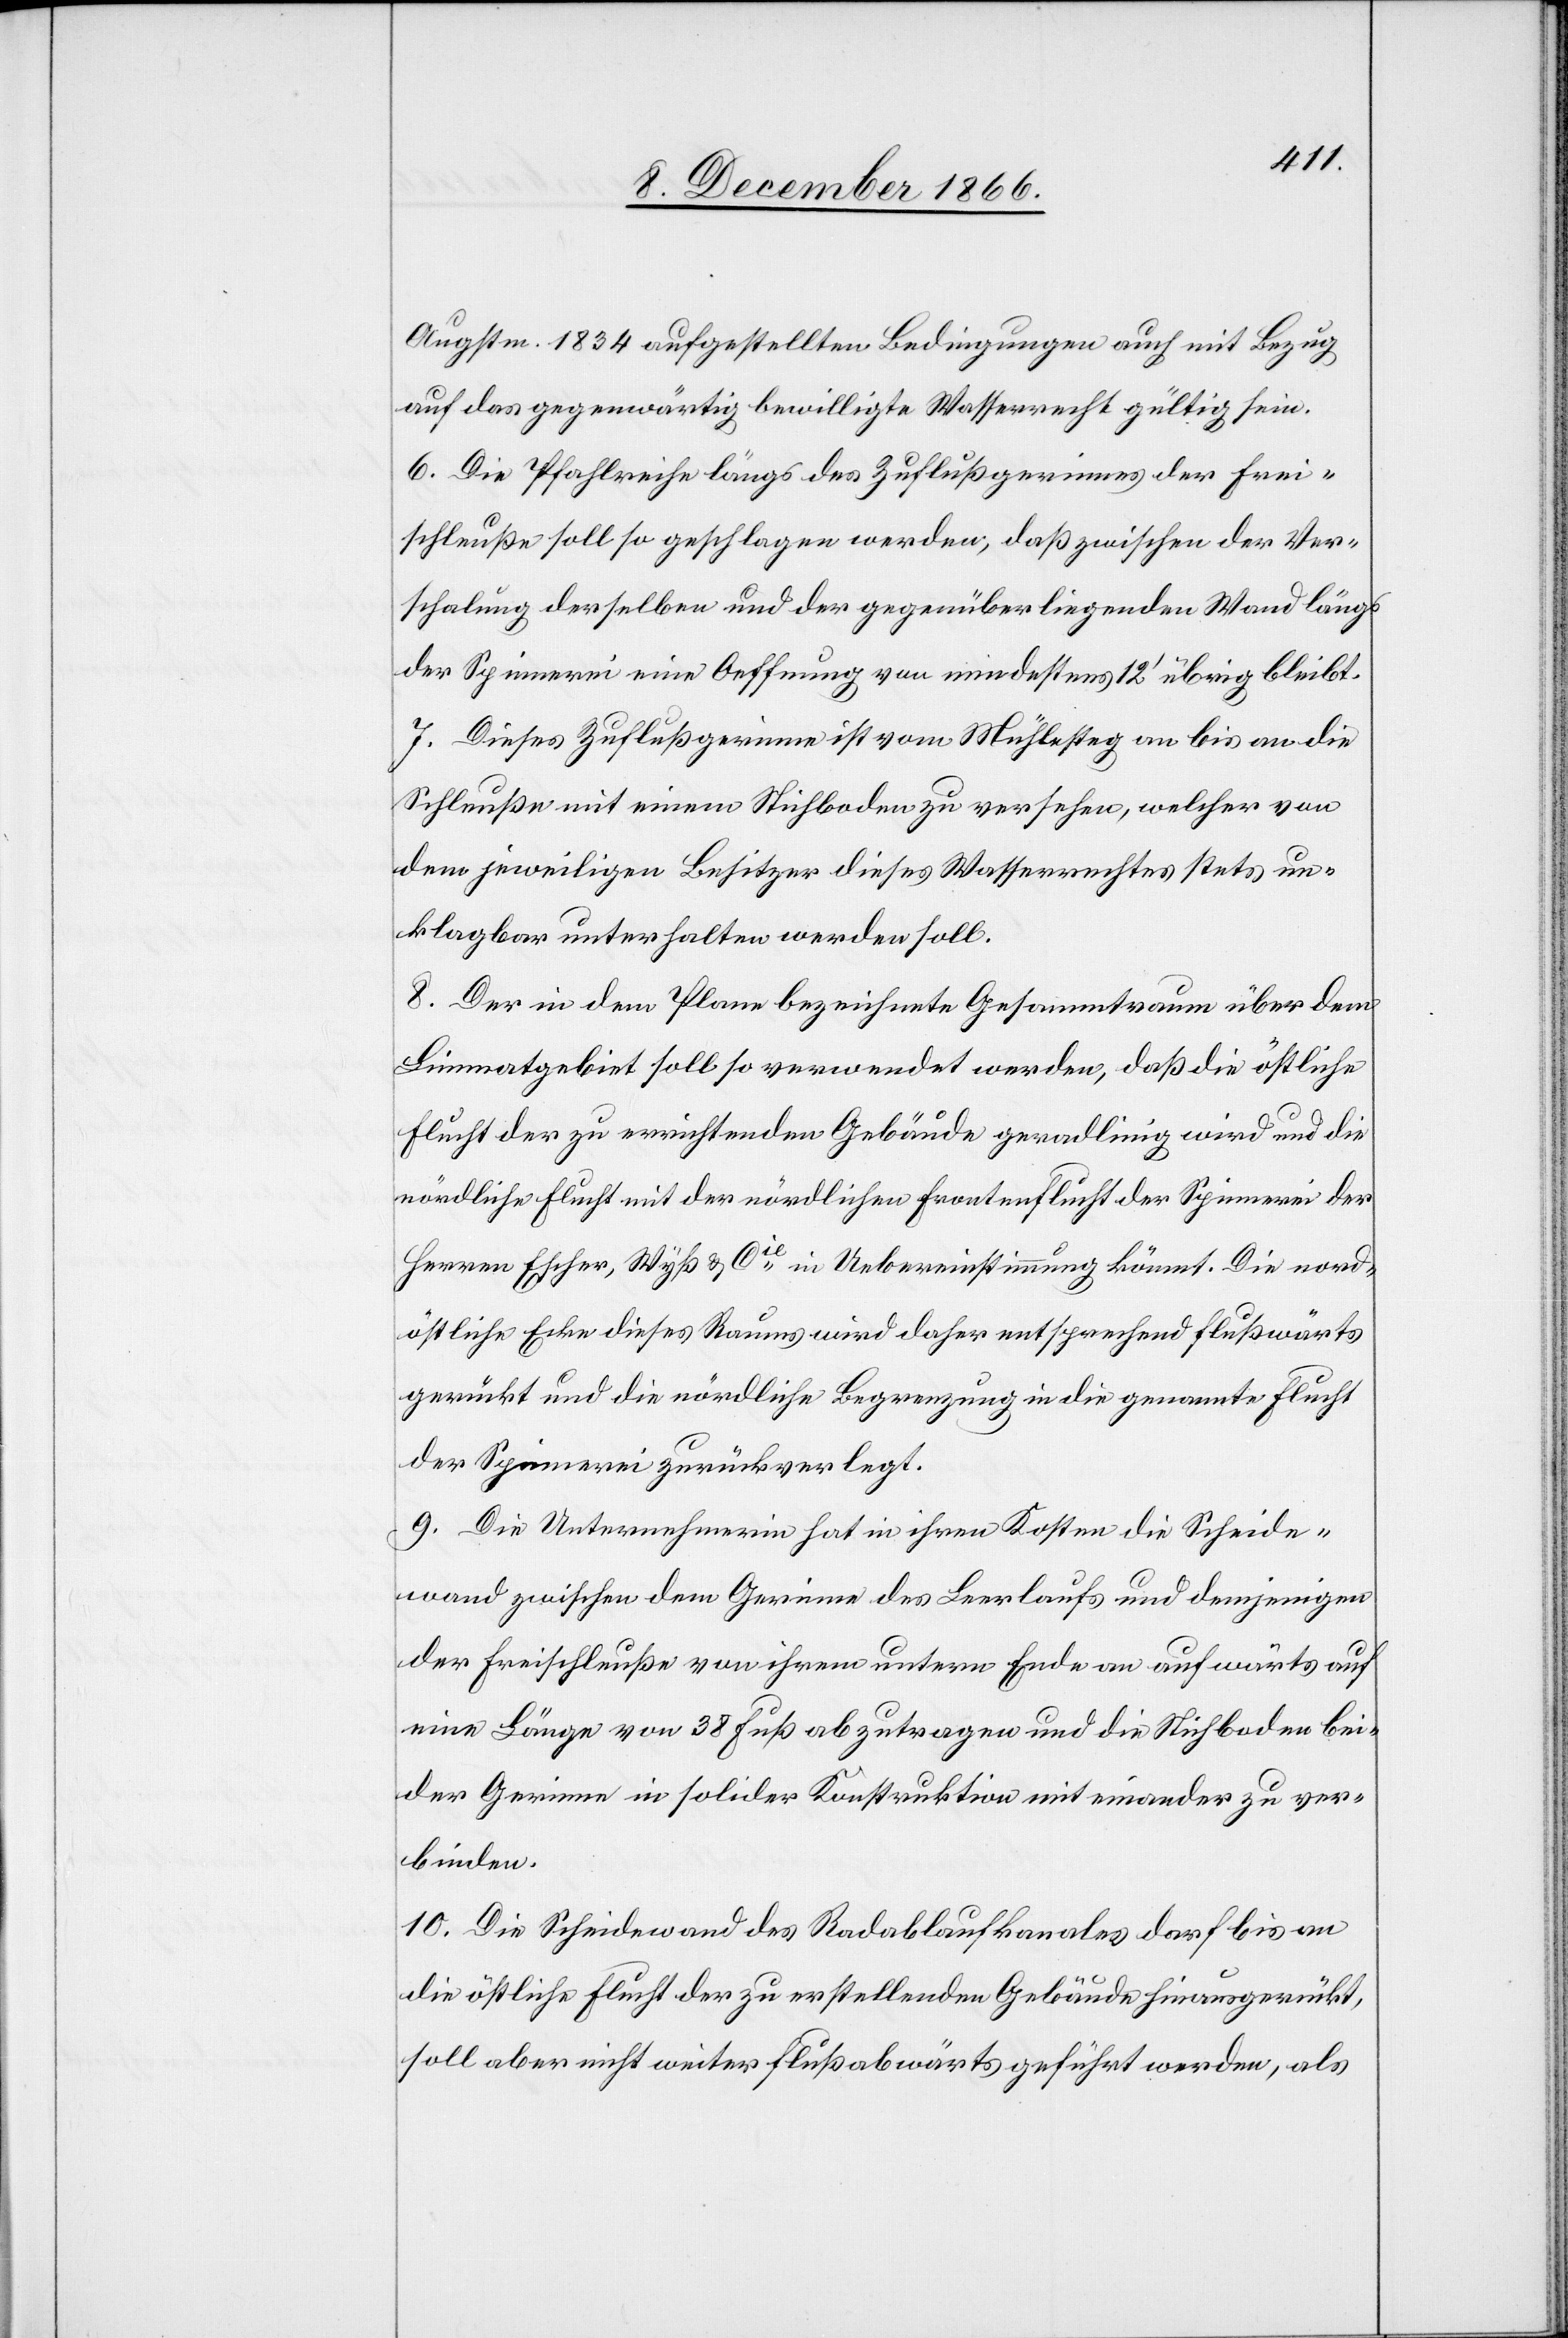
Augstm. 1834 aufgestellten Bedingungen auch mit Bezug
auf das gegenwärtig bewilligte Wasserrecht gültig sein.
6. Die Pfahlreihe längs des Zuflußgerinnes der Frei¬
schleuße soll so geschlagen werden, daß zwischen der Ver¬
schalung derselben und der gegenüber liegenden Wand längs
der Spinnerei eine Oeffnung von mindestens 12‘ übrig bleibt.
7. Dieses Zuflußgerinne ist vom Mühlesteg an bis an die
Schleuße mit einem Stichboden zu versehen, welcher von
dem jeweiligen Besitzer dieses Wasserrechtes stets un¬
klagbar unterhalten werden soll.
8. Der in dem Plane bezeichnete Gesammtraum über dem
Limmatgebiet soll so verwendet werden, daß die östliche
Flucht der zu errichtenden Gebäude geradlinig wird und die
nördliche Flucht mit der nördlichen Frontenflucht der Spinnerei der
Herren Escher, Wyß & Cie. in Uebereinstimmung kömmt. Die nord¬
östliche Ecke dieses Raums wird daher entsprechend flußwärts
gerückt und die nördliche Begrenzung in die genannte Flucht
der Spinnerei zurückverlegt.
9. Die Unternehmerin hat in ihren Kosten die Scheide¬
wand zwischen dem Gerinne des Leerlaufs und demjenigen
der Freischleuße von ihrem untern Ende an aufwärts auf
eine Länge von 38 Fuß abzutragen und die Stichboden bei¬
der Gerinne in solider Konstruktion mit einander zu ver¬
binden.
10. Die Scheidewand des Radablaufkanales darf bis an
die östliche Flucht der zu erstellenden Gebäude hinausgerückt,
soll aber nicht weiter flußabwärts geführt werden, als